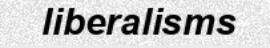
liberalisms